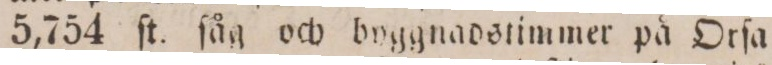
5,754 ſt. ſåg och byggnadstimmer på Orfa